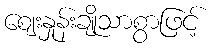
ဈေးနှုန်းချိုသာစွာဖြင့်